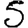
Digit: 5